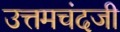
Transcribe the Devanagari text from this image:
उत्तमचंदजी